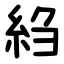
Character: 䋓